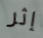
إثر